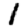
Digit: 1